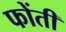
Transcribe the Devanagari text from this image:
फोंती